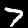
Digit: 7